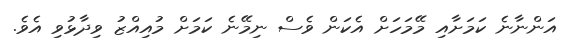
އަންނާނެ ކަމަށާއި މޭމަހަށް އެކަން ވެސް ނިމޭނެ ކަމަށް މުއިއްޒު ވިދާޅުވި އެވެ.